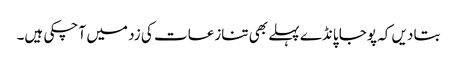
بتا دیں کہ پوجا پانڈے پہلے بھی تنازعات کی زد میں آ چکی ہیں۔